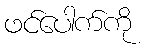
ဖင်ပေါက်ကို